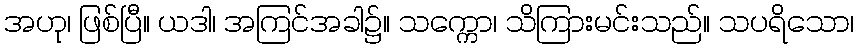
အဟု၊ ဖြစ်ပြီ။ ယဒါ၊ အကြင်အခါ၌။ သက္ကော၊ သိကြားမင်းသည်။ သပရိသော၊